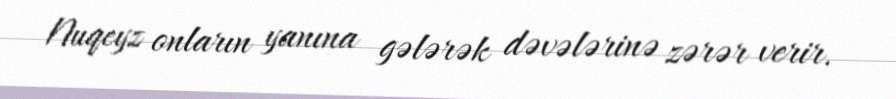
Nuqeyz onların yanına gələrək dəvələrinə zərər verir.